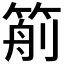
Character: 𥮙